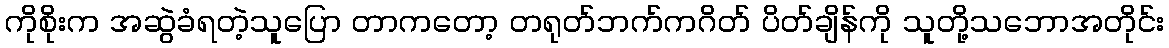
ကိုစိုးက အဆွဲခံရတဲ့သူပြော တာကတော့ တရုတ်ဘက်ကဂိတ် ပိတ်ချိန်ကို သူတို့သဘောအတိုင်း